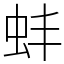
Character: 蚌